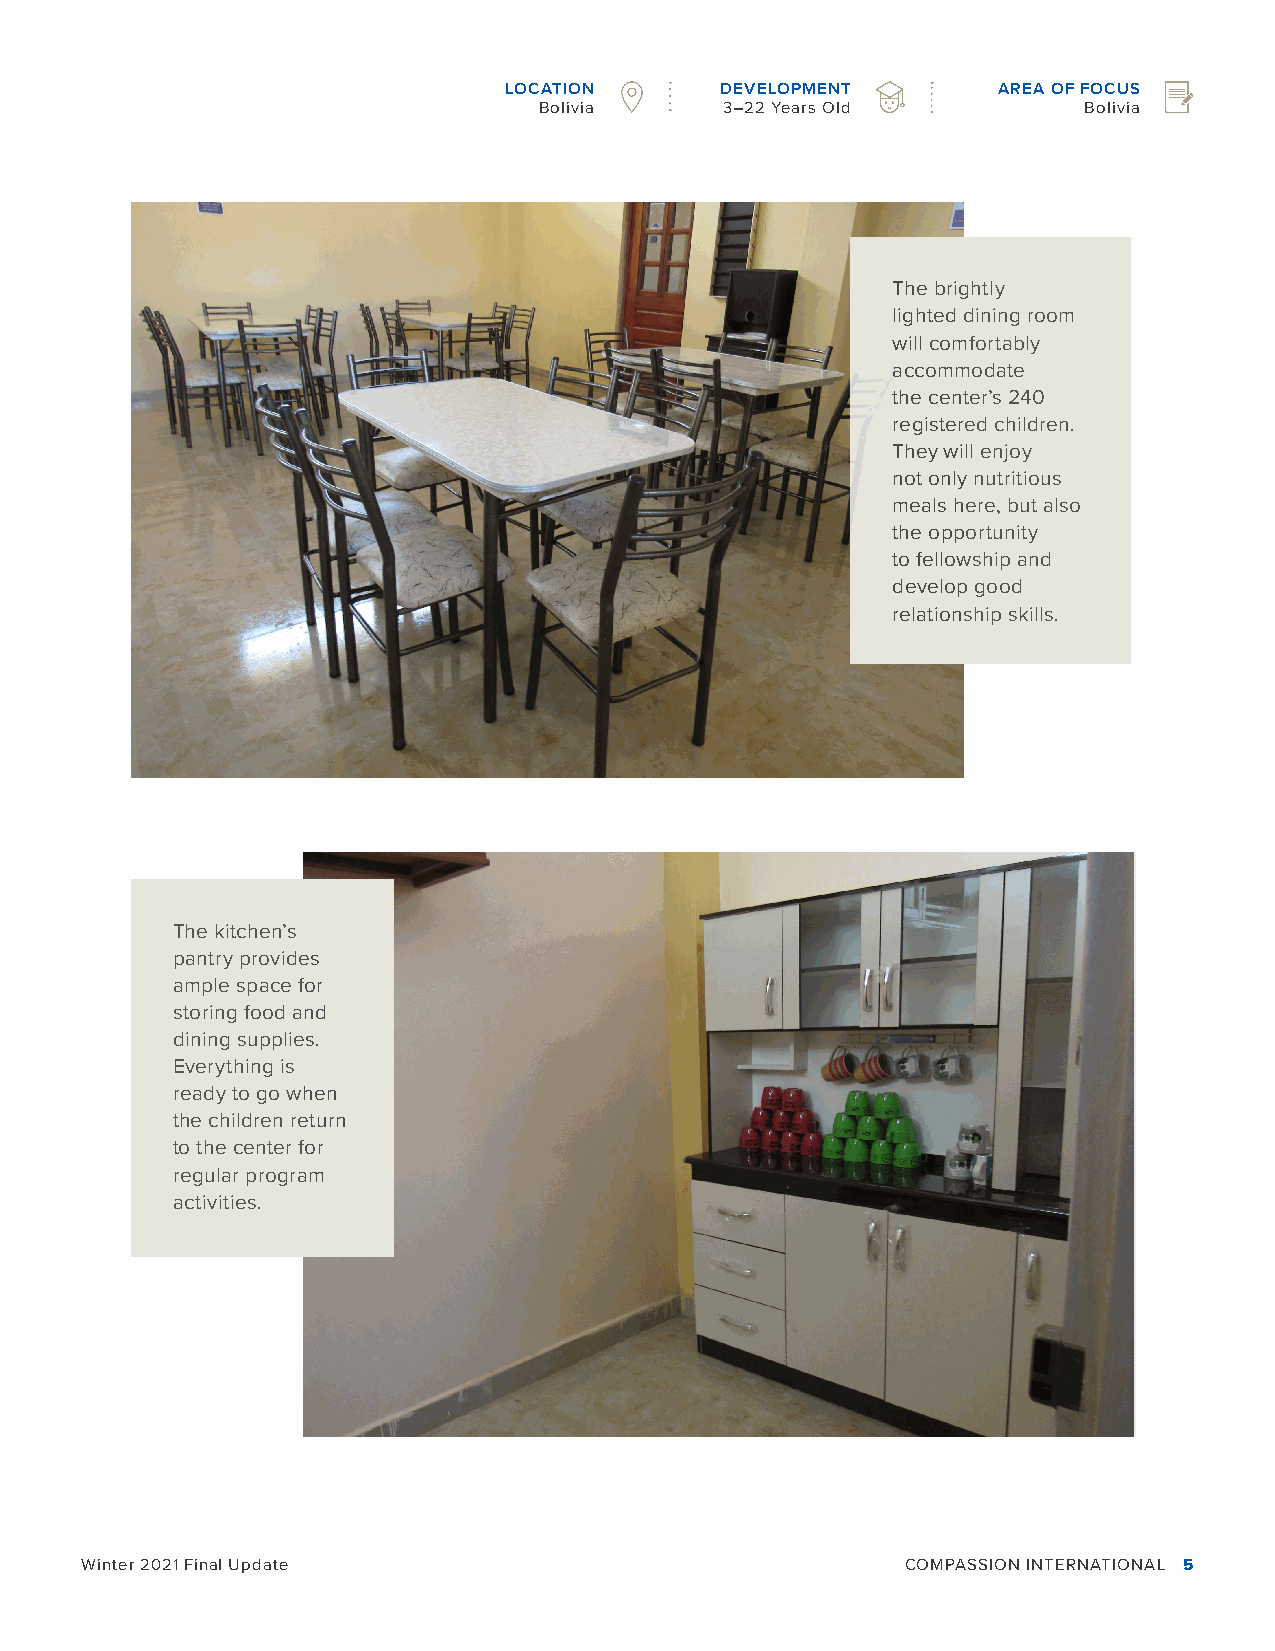
LOCATION       DEVELOPMENT       AREA OF FOCUS
 Bolivia     3–22 Years Old          Bolivia
 The brightly
 lighted dining room
 will comfortably
 accommodate
 the center’s 240
 registered children.
 They will enjoy
 not only nutritious
 meals here, but also
 the opportunity
 to fellowship and
 develop good
 relationship skills.
 The kitchen’s
 pantry provides
 ample space for
 storing food and
 dining supplies.
 Everything is
 ready to go when
 the children return
 to the center for
 regular program
 activities.
 Winter 2021 Final Update                               COMPASSION INTERNATIONAL 5